Annual vaccination report of Bihar and Orissa - 1911-1928
Year: 1911
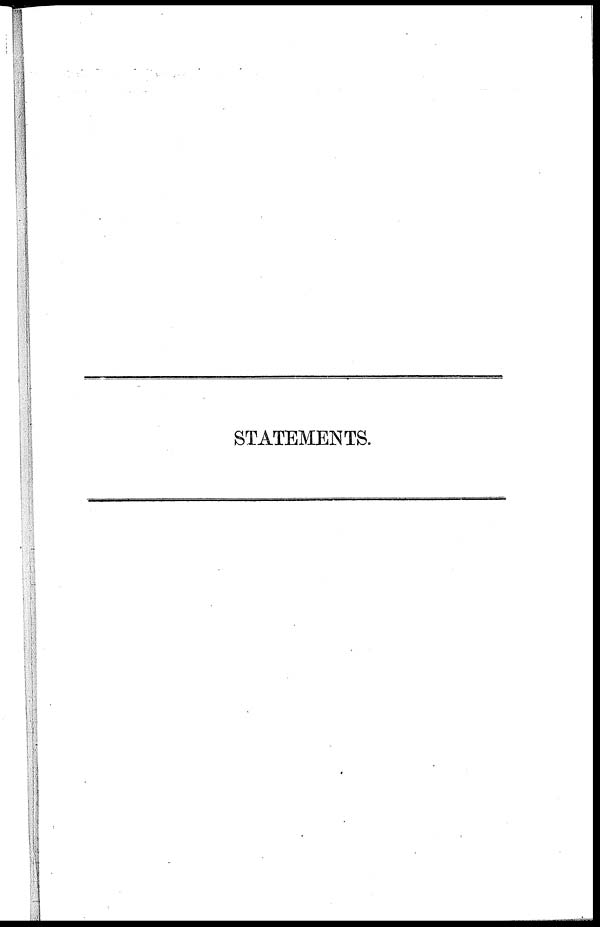
STATEMENTS.